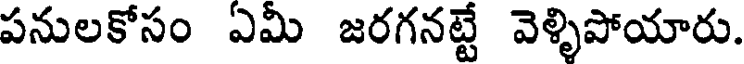
పనులకోసం ఏమీ జరగనట్టే వెళ్ళిపోయారు.